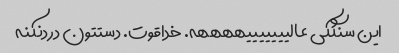
این سنگکی عالیییییییههههه. خداقوت. دستتون دردنکنه